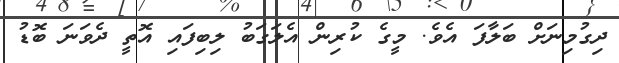
ދިގުމިނަށް ބަލާފަ އެވެ. މީގެ ކުރިން އެލަގަބު ލިބިފައި އޮތީ ދެވަނަ ބޮޑު